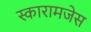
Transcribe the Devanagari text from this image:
स्कारामजेस